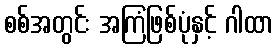
စစ်အတွင်း အကြံဖြစ်ပုံနှင့် ဂါထာ